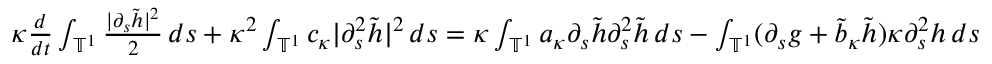
\begin{array} { r l } & { \kappa \frac { d } { d t } \int _ { \ensuremath { \mathbb { T } } ^ { 1 } } \frac { | \partial _ { s } \tilde { h } | ^ { 2 } } 2 \, d s + \kappa ^ { 2 } \int _ { \ensuremath { \mathbb { T } } ^ { 1 } } c _ { \kappa } | \partial _ { s } ^ { 2 } \tilde { h } | ^ { 2 } \, d s = \kappa \int _ { \ensuremath { \mathbb { T } } ^ { 1 } } a _ { \kappa } \partial _ { s } \tilde { h } \partial _ { s } ^ { 2 } \tilde { h } \, d s - \int _ { \ensuremath { \mathbb { T } } ^ { 1 } } ( \partial _ { s } g + \tilde { b } _ { \kappa } \tilde { h } ) \kappa \partial _ { s } ^ { 2 } h \, d s } \end{array}